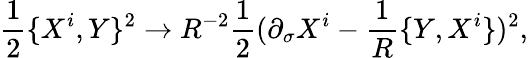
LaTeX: {\frac{1}{2}}\{ X^{i},Y\} ^{2}\rightarrow R^{-2}{\frac{1}{2}}(\partial_{\sigma}X^{i}-{\frac{1}{R}}\{ Y,X^{i}\} )^{2},